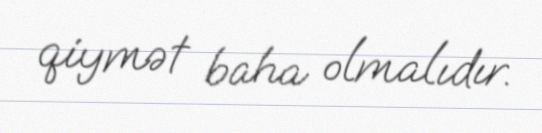
qiymət baha olmalıdır.